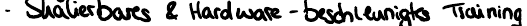
- Skalierbares & Hardware - beschleunigtes Training